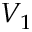
V _ { 1 }